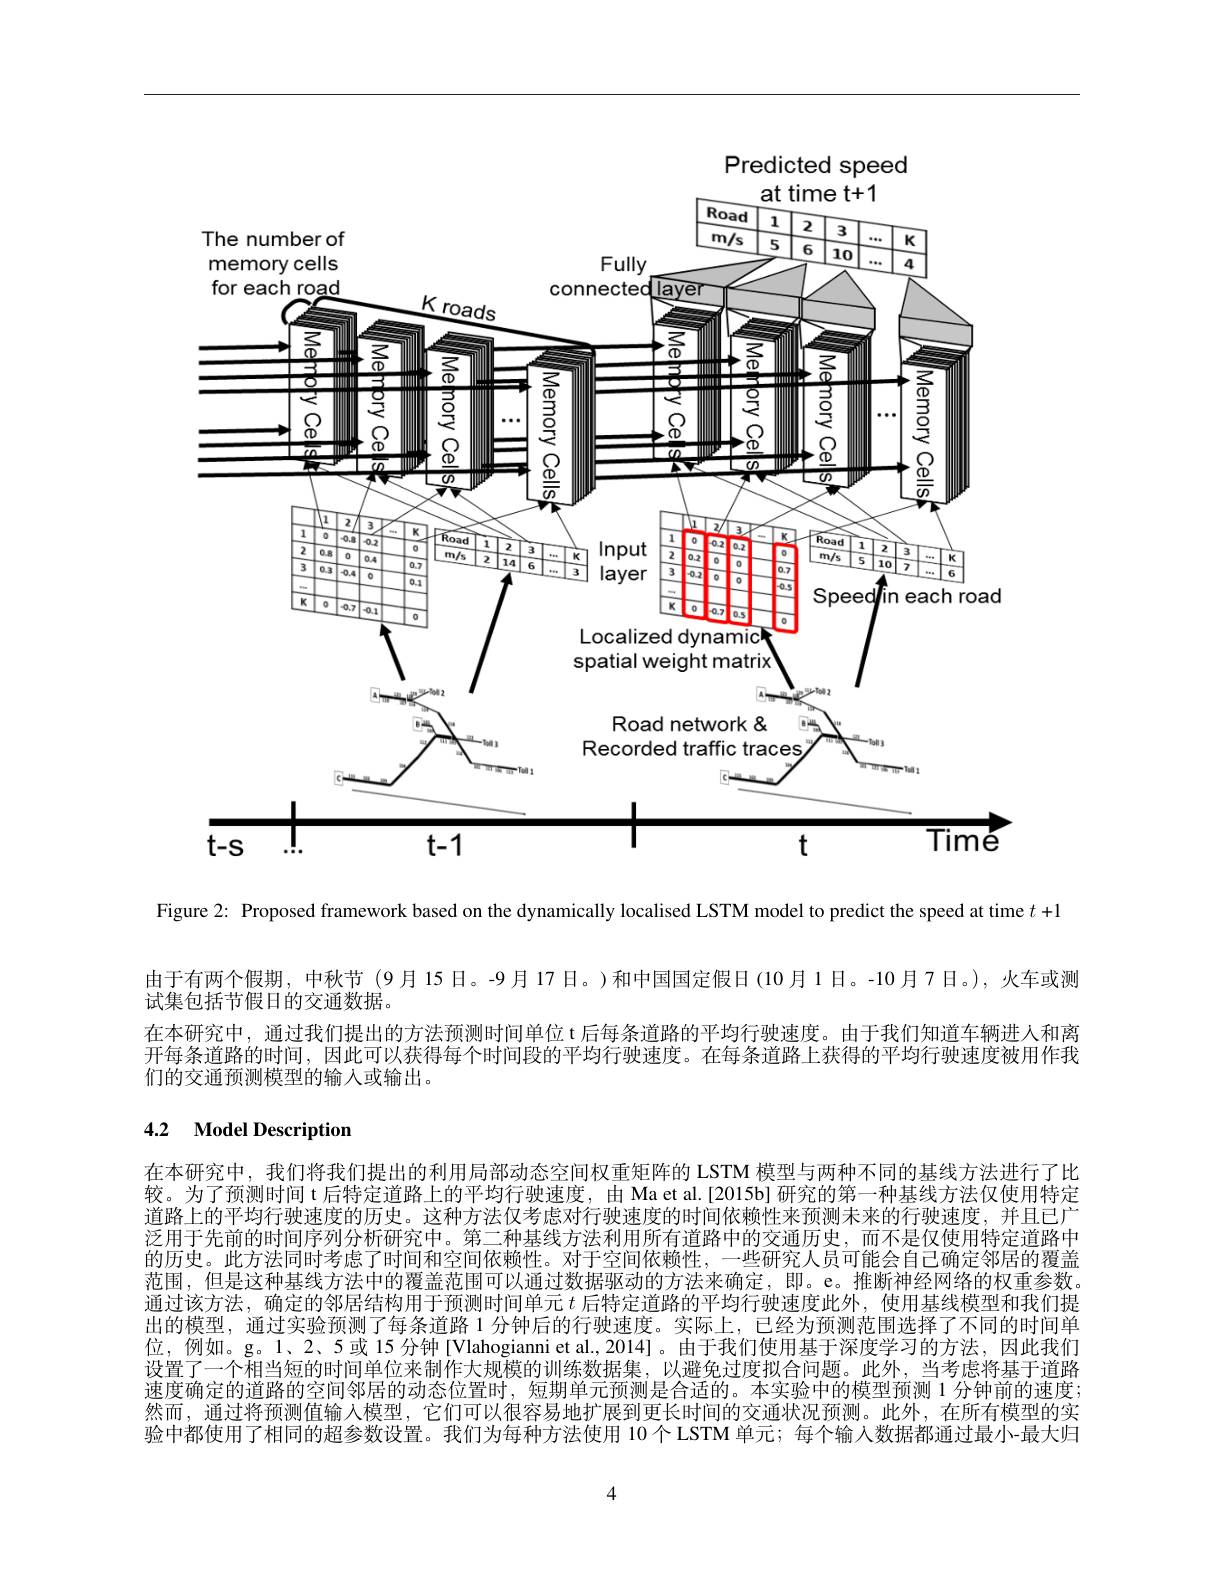
<FigureHere>

Predicted speed

Figure 2: Proposed framework based on the dynamically localised LSTM model to predict the speed at time $t+1$

由于有两个假期，中秋节 (9月15日。-9月17日。)和中国国定假日(10月1日。-10月7日。),火车或测
试集包括节假日的交通数据。
在本研究中，通过我们提出的方法预测时间单位 t后每条道路的平均行驶速度。由于我们知道车辆进入和离开每条道路的时间，因此可以获得每个时间段的平均行驶速度。在每条道路上获得的平均行驶速度被用作我们的交通预测模型的输入或输出。

# 4.2 Model Description

在本研究中，我们将我们提出的利用局部动态空间权重矩阵的 LSTM 模型与两种不同的基线方法进行了比较。为了预测时间 t 后特定道路上的平均行驶速度，由 Ma et al.[2015b] 研究的第一种基线方法仅使用特定道路上的平均行驶速度的历史。这种方法仅考虑对行驶速度的时间依赖性来预测未来的行驶速度，并且已广泛用于先前的时间序列分析研究中。第二种基线方法利用所有道路中的交通历史，而不是仅使用特定道路中的历史。此方法同时考虑了时间和空间依赖性。对于空间依赖性，一些研究人员可能会自己确定邻居的覆盖范围，但是这种基线方法中的覆盖范围可以通过数据驱动的方法来确定，即。e。推断神经网络的权重参数。通过该方法，确定的邻居结构用于预测时间单元$t$后特定道路的平均行驶速度此外，使用基线模型和我们提出的模型，通过实验预测了每条道路 1 分钟后的行驶速度。实际上，已经为预测范围选择了不同的时间单位，例如。g。1、2、5或 15 分钟 [Vlahogianni et al.,2014]。由于我们使用基于深度学习的方法，因此我们设置了一个相当短的时间单位来制作大规模的训练数据集，以避免过度拟合问题。此外，当考虑将基于道路速度确定的道路的空间邻居的动态位置时，短期单元预测是合适的。本实验中的模型预测 1 分钟前的速度； 然而，通过将预测值输人模型，它们可以很容易地扩展到更长时间的交通状况预测。此外，在所有模型的实验中都使用了相同的超参数设置。我们为每种方法使用 10个 LSTM 单元；每个输人数据都通过最小-最大归

4